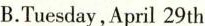
B.Tuesday,April 29th